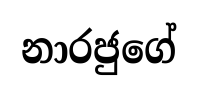
නාරජුගේ